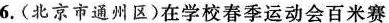
6.(北京市通州区)在学校春季运动会百米赛